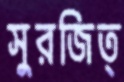
সুরজিত্